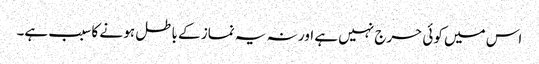
اس میں کوئی حرج نہیں ہے اور نہ یہ نماز کے باطل ہو نے کا سبب ہے۔